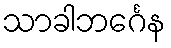
သာခါဘင်္ဂေန